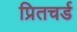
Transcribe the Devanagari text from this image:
प्रितचर्ड